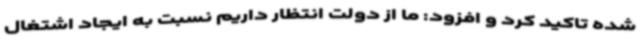
شده تاکید کرد و افزود: ما از دولت انتظار داریم نسبت به ایجاد اشتغال